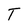
Character: T